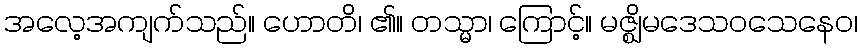
အလေ့အကျက်သည်။ ဟောတိ၊ ၏။ တသ္မာ၊ ကြောင့်။ မဇ္ဈိမဒေသဝသေနေဝ၊